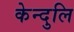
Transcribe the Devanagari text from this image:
केन्दुलि